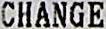
CHANGE